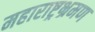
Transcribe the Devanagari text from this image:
महाराष्ट्रभ्रमण